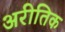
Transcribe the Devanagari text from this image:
अरीतिक